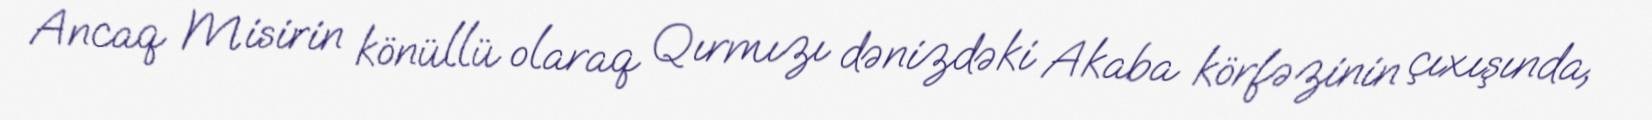
Ancaq Misirin könüllü olaraq Qırmızı dənizdəki Akaba körfəzinin çıxışında,